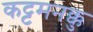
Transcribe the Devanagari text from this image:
कट्टमनक्कु